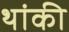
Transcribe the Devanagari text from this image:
थांकी